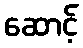
ဆောင့်